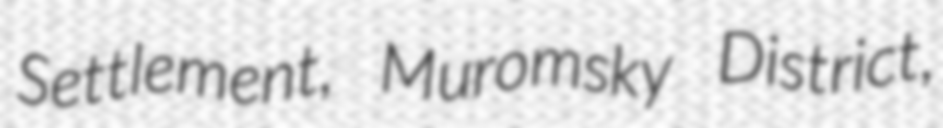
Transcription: Settlement, Muromsky District,